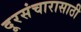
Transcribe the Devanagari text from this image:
दूरसंचारासाठी